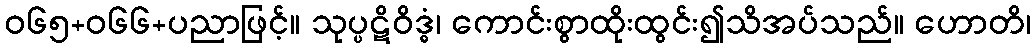
ဝ၆၅+၀၆၆+ပညာဖြင့်။ သုပ္ပဋိဝိဒ္ဓံ၊ ကောင်းစွာထိုးထွင်း၍သိအပ်သည်။ ဟောတိ၊